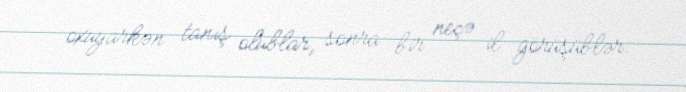
oxuyarkən tanış olublar, sonra bir neçə il görüşüblər.